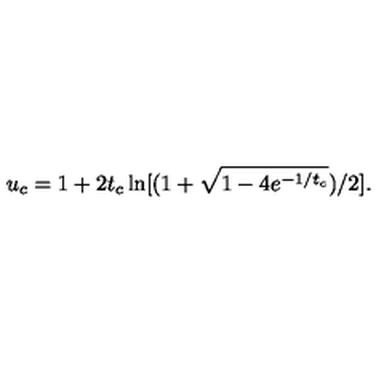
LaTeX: u _ { c } = 1 + 2 t _ { c } \ln [ ( 1 + \sqrt { 1 - 4 e ^ { - 1 / t _ { c } } } ) / 2 ] .